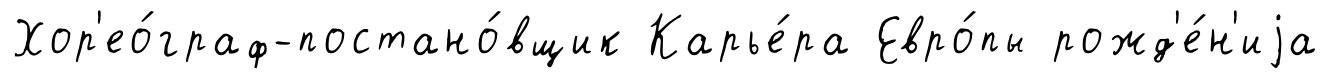
Хор'ео́граф-постано́вщик Карье́ра Евро́пы рожд'е́н'иjа